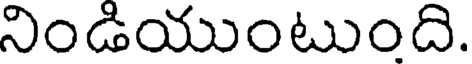
నిండియుంటుంది.